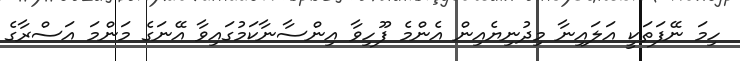
ހިމަ ނޭފަތަކީ އަލައިނާ މިދުނިޔެއިން އެންމެ ފޫހިވާ އިންސާނާކަމުގައިވާ އޭނަގެ މަންމަ އަސްރާގެ